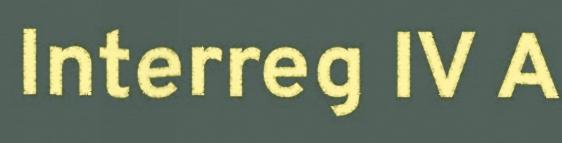
Interreg IV A